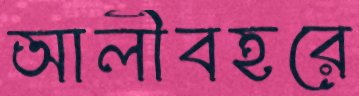
আলীবহরে